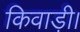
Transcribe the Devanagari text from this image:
किवाड़ी।